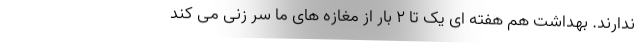
ندارند. بهداشت هم هفته ای یک تا ۲ بار از مغازه های ما سر زنی می کند